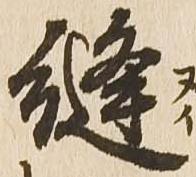
縫